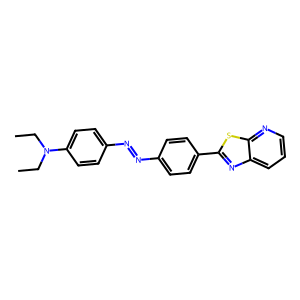
SMILES: CCN(CC)c1ccc(N=Nc2ccc(-c3nc4cccnc4s3)cc2)cc1
Inhibits HIV replication: No